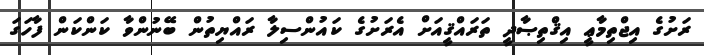
ރަށުގެ އިޖްތިމާޢީ އިޤްތިޞާދީ ތަރައްޤީއަށް އެރަށުގެ ކައުންސިލާ ރައްޔިތުން ބޭނުންވާ ކަންކަން ފާހަގަ